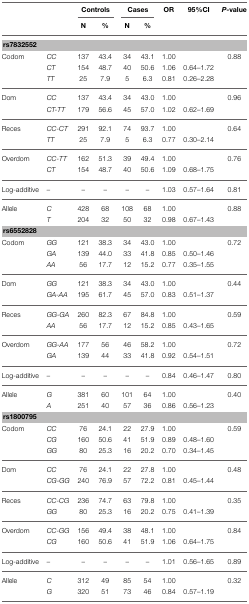
<table><thead><tr><td></td><td></td><td colspan="2"><b>Controls</b></td><td colspan="2"><b>Cases</b></td><td><b>OR</b></td><td><b>95%CI</b></td><td><b><i>P</i>-value</b></td></tr><tr><td></td><td></td><td><b>N</b></td><td><b>%</b></td><td><b>N</b></td><td><b>%</b></td><td></td><td></td><td></td></tr></thead><tbody><tr><td colspan="9"><b>rs7832552</b></td></tr><tr><td>Codom</td><td><i>CC</i></td><td>137</td><td>43.4</td><td>34</td><td>43.1</td><td>1.00</td><td></td><td>0.88</td></tr><tr><td></td><td><i>CT</i></td><td>154</td><td>48.7</td><td>40</td><td>50.6</td><td>1.06</td><td>0.64–1.72</td><td></td></tr><tr><td></td><td><i>TT</i></td><td>25</td><td>7.9</td><td>5</td><td>6.3</td><td>0.81</td><td>0.26–2.28</td><td></td></tr><tr><td>Dom</td><td><i>CC</i></td><td>137</td><td>43.4</td><td>34</td><td>43.0</td><td>1.00</td><td></td><td>0.96</td></tr><tr><td></td><td><i>CT-TT</i></td><td>179</td><td>56.6</td><td>45</td><td>57.0</td><td>1.02</td><td>0.62–1.69</td><td></td></tr><tr><td>Reces</td><td><i>CC-CT</i></td><td>291</td><td>92.1</td><td>74</td><td>93.7</td><td>1.00</td><td></td><td>0.64</td></tr><tr><td></td><td><i>TT</i></td><td>25</td><td>7.9</td><td>5</td><td>6.3</td><td>0.77</td><td>0.30–2.14</td><td></td></tr><tr><td>Overdom</td><td><i>CC-TT</i></td><td>162</td><td>51.3</td><td>39</td><td>49.4</td><td>1.00</td><td></td><td>0.76</td></tr><tr><td></td><td><i>CT</i></td><td>154</td><td>48.7</td><td>40</td><td>50.6</td><td>1.09</td><td>0.68–1.75</td><td></td></tr><tr><td>Log-additive</td><td>–</td><td>–</td><td>–</td><td>–</td><td>–</td><td>1.03</td><td>0.57–1.64</td><td>0.81</td></tr><tr><td>Allele</td><td><i>C</i></td><td>428</td><td>68</td><td>108</td><td>68</td><td>1.00</td><td></td><td>0.88</td></tr><tr><td></td><td><i>T</i></td><td>204</td><td>32</td><td>50</td><td>32</td><td>0.98</td><td>0.67–1.43</td><td></td></tr><tr><td colspan="9"><b>rs6552828</b></td></tr><tr><td>Codom</td><td><i>GG</i></td><td>121</td><td>38.3</td><td>34</td><td>43.0</td><td>1.00</td><td></td><td>0.72</td></tr><tr><td></td><td><i>GA</i></td><td>139</td><td>44.0</td><td>33</td><td>41.8</td><td>0.85</td><td>0.50–1.46</td><td></td></tr><tr><td></td><td><i>AA</i></td><td>56</td><td>17.7</td><td>12</td><td>15.2</td><td>0.77</td><td>0.35–1.55</td><td></td></tr><tr><td>Dom</td><td><i>GG</i></td><td>121</td><td>38.3</td><td>34</td><td>43.0</td><td>1.00</td><td></td><td>0.44</td></tr><tr><td></td><td><i>GA-AA</i></td><td>195</td><td>61.7</td><td>45</td><td>57.0</td><td>0.83</td><td>0.51–1.37</td><td></td></tr><tr><td>Reces</td><td><i>GG-GA</i></td><td>260</td><td>82.3</td><td>67</td><td>84.8</td><td>1.00</td><td></td><td>0.59</td></tr><tr><td></td><td><i>AA</i></td><td>56</td><td>17.7</td><td>12</td><td>15.2</td><td>0.85</td><td>0.43–1.65</td><td></td></tr><tr><td>Overdom</td><td><i>GG-AA</i></td><td>177</td><td>56</td><td>46</td><td>58.2</td><td>1.00</td><td></td><td>0.72</td></tr><tr><td></td><td><i>GA</i></td><td>139</td><td>44</td><td>33</td><td>41.8</td><td>0.92</td><td>0.54–1.51</td><td></td></tr><tr><td>Log-additive</td><td><i>–</i></td><td>–</td><td>–</td><td>–</td><td>–</td><td>0.84</td><td>0.46–1.47</td><td>0.80</td></tr><tr><td>Allele</td><td><i>G</i></td><td>381</td><td>60</td><td>101</td><td>64</td><td>1.00</td><td></td><td>0.40</td></tr><tr><td></td><td><i>A</i></td><td>251</td><td>40</td><td>57</td><td>36</td><td>0.86</td><td>0.56–1.23</td><td></td></tr><tr><td colspan="9"><b>rs1800795</b></td></tr><tr><td>Codom</td><td><i>CC</i></td><td>76</td><td>24.1</td><td>22</td><td>27.9</td><td>1.00</td><td></td><td>0.59</td></tr><tr><td></td><td><i>CG</i></td><td>160</td><td>50.6</td><td>41</td><td>51.9</td><td>0.89</td><td>0.48–1.60</td><td></td></tr><tr><td></td><td><i>GG</i></td><td>80</td><td>25.3</td><td>16</td><td>20.2</td><td>0.70</td><td>0.34–1.45</td><td></td></tr><tr><td>Dom</td><td><i>CC</i></td><td>76</td><td>24.1</td><td>22</td><td>27.8</td><td>1.00</td><td></td><td>0.48</td></tr><tr><td></td><td><i>CG-GG</i></td><td>240</td><td>76.9</td><td>57</td><td>72.2</td><td>0.81</td><td>0.45–1.44</td><td></td></tr><tr><td>Reces</td><td><i>CC-CG</i></td><td>236</td><td>74.7</td><td>63</td><td>79.8</td><td>1.00</td><td></td><td>0.35</td></tr><tr><td></td><td><i>GG</i></td><td>80</td><td>25.3</td><td>16</td><td>20.2</td><td>0.75</td><td>0.41–1.39</td><td></td></tr><tr><td>Overdom</td><td><i>CC-GG</i></td><td>156</td><td>49.4</td><td>38</td><td>48.1</td><td>1.00</td><td></td><td>0.84</td></tr><tr><td></td><td><i>CG</i></td><td>160</td><td>50.6</td><td>41</td><td>51.9</td><td>1.06</td><td>0.64–1.75</td><td></td></tr><tr><td>Log-additive</td><td><i>–</i></td><td>–</td><td>–</td><td>–</td><td>–</td><td>1.01</td><td>0.56–1.65</td><td>0.89</td></tr><tr><td>Allele</td><td><i>C</i></td><td>312</td><td>49</td><td>85</td><td>54</td><td>1.00</td><td></td><td>0.32</td></tr><tr><td></td><td><i>G</i></td><td>320</td><td>51</td><td>73</td><td>46</td><td>0.84</td><td>0.57–1.19</td><td></td></tr></tbody></table>